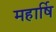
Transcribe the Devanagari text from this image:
महार्षि